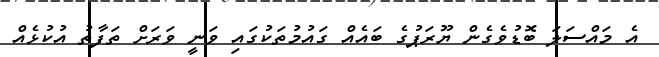
އެ މައްސަލަ ބޮޑުވެގެން ޔޫރަޕުގެ ބައެއް ގައުމުތަކުގައި ވަނީ ވަރަށް ތަފާތު އުކުޅެއް